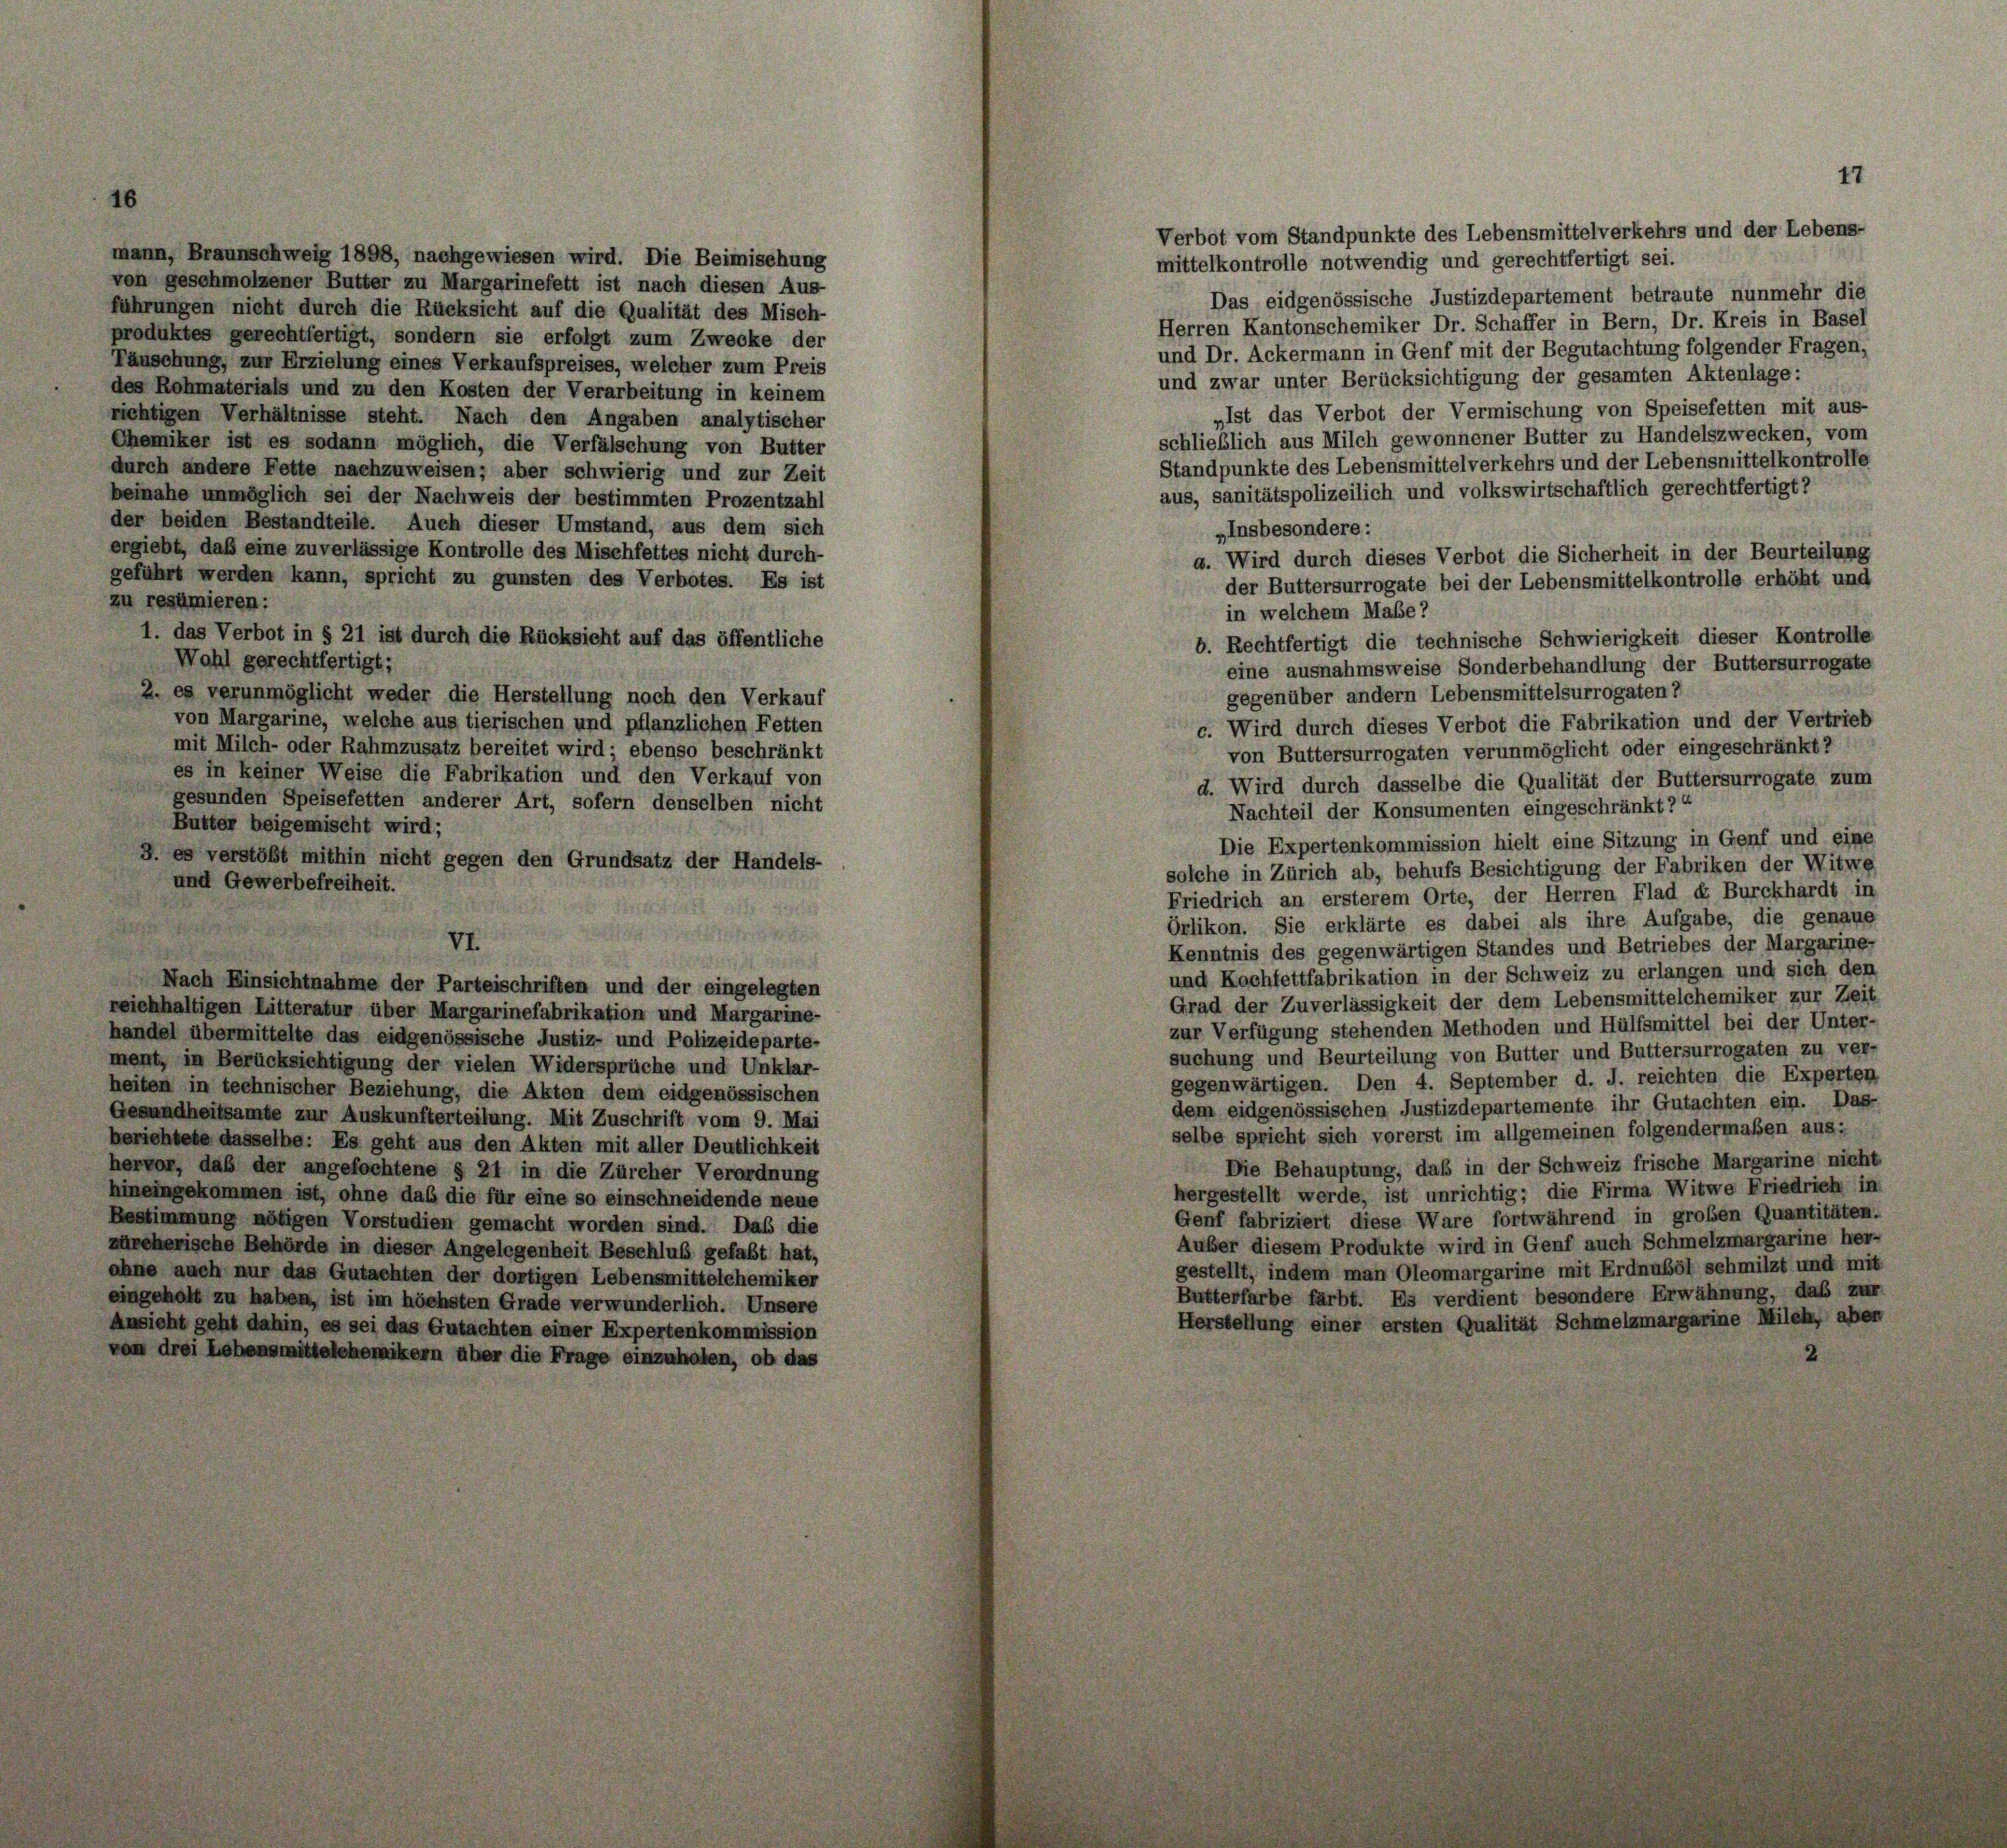
mann, Braunschweig 1898, nachgewiesen wird. Die Beimischung
von geschmolzener Butter zu Margarinefett ist nach diesen Aus-
führungen nicht durch die Rücksicht auf die Qualität des Misch-
produktes gerechtfertigt, sondern sie erfolgt zum Zwecke der
Täuschung, zur Erzielung eines Verkaufspreises, welcher zum Preis
des Rohmaterials und zu den Kosten der Verarbeitung in keinem
richtigen Verhältnisse steht. Nach den Angaben analytischer
Chemiker ist es sodann möglich, die Verfälschung von Butter
durch andere Fette nachzuweisen; aber schwierig und zur Zeit
beinahe unmöglich sei der Nachweis der bestimmten Prozentzahl
der beiden Bestandteile. Auch dieser Umstand, aus dem sich
ergiebt, daß eine zuverlässige Kontrolle des Mischfettes nicht durch-
geführt werden kann, spricht zu gunsten des Verbotes. Es ist
zu resümieren:
1. das Verbot in § 21 ist durch die Rücksicht auf das öffentliche
Wahl gerechtfertigt;
2. es verunmöglicht weder die Herstellung noch den Verkauf
von Margarine, welche aus tierischen und pflanzlichen Fetten
mit Milch- oder Rahmzusatz bereitet wird; ebenso beschränkt
es in keiner Weise die Fabrikation und den Verkauf von
gesunden Speisefetten anderer Art, sofern denselben nicht
Butter beigemischt wird;
8. es verstößt mithin nicht gegen den Grundsatz der Handels
und Gewerbefreiheit.

VI.
Nach Einsichtnahme der Parteischriften und der eingelegten
reichhaltigen Litteratur über Margarinefabrikation und Margarine-
handel übermittelte das eidgenössische Justiz- und Polizeideparte-
ment, in Berücksichtigung der vielen Widersprüche und Unklar-
heiten in technischer Beziehung, die Akten dem eidgenössischen
Gesundheitsamte zur Auskunfterteilung. Mit Zuschrift vom 9. Mai
berichtete dasselbe: Es geht aus den Akten mit aller Deutlichkeit
hervor, daß der angefochtene § 21 in die Zürcher Verordnung
hineingekommen ist, ohne daß die für eine so einschneidende neue
Bestimmung nötigen Vorstudien gemacht worden sind. Daß die
zürcherische Behörde in dieser Angelegenheit Beschluß gefaßt hat,
ahne auch nur das Gutachten der dortigen Lebensmittelchemiker
eingehalt zu haben, ist im höchsten Grade verwunderlich. Unsere
Ansicht geht dahin, es sei das Gutachten einer Expertenkommission
von drei Lebensmittelchemikern über die Frage einzuhalen, ob das

Verbot vom Standpunkte des Lebensmittelverkehrs und der Lebens-
mittelkontrolle notwendig und gerechtfertigt sei.
Das eidgenössische Justizdepartement betraute nunmehr die
Herren Kantonschemiker Dr. Schaffer in Bern, Dr. Kreis in Basel
und Dr. Ackermann in Genf mit der Begutachtung folgender Fragen,
und zwar unter Berücksichtigung der gesamten Aktenlage:
„Ist das Verbot der Vermischung von Speisefetten mit aus-
schließlich aus Milch gewonnener Butter zu Handelszwecken, vom
Standpunkte des Lebensmittelverkehrs und der Lebensmittelkontrolle
aus, sanitätspolizeilich und volkswirtschaftlich gerechtfertigt?
„Insbesondere:
a. Wird durch dieses Verbot die Sicherheit in der Beurteilung
der Buttersurrogate bei der Lebensmittelkontrolle erhöht und
in welchem Mabe?
b. Rechtfertigt die technische Schwierigkeit dieser Kontrolle
eine ausnahmsweise Sonderbehandlung der Buttersurrogate
gegenüber andern Lebensmittelsurrogaten 7
c. Wird durch dieses Verbot die Fabrikation und der Vertrieb
von Buttersurrogaten verunmöglicht oder eingeschränkt?
d. Wird durch dasselbe die Qualität der Buttersurrogate zum
Nachteil der Konsumenten eingeschränkt?“
Die Expertenkommission hielt eine Sitzung in Genf und eine
solche in Zürich ab, behufs Besichtigung der Fabriken der Witwe
Friedrich an ersterem Orte, der Herren Flad ex Burckhardt in
Orlikon. Sie erklärte es dabei als ihre Aufgabe, die genaue
Kenntnis des gegenwärtigen Standes und Betriebes der Margarine-
und Kochfettfabrikation in der Schweiz zu erlangen und sich den
Grad der Zuverlässigkeit der dem Lebensmittelchemiker zur Zeit
zur Verfügung stehenden Methoden und Hülfsmittel bei der Unter-
suchung und Beurteilung von Butter und Buttersurrogaten zu ver-
gegenwärtigen. Den 4. September d. J. reichten die Experten
dem eidgenössischen Justizdepartemente ihr Gutachten ein. Das-
selbe sprieht sich vorerst im allgemeinen folgendermaßen aus:
Die Behauptung, daß in der Schweiz frische Margarine nicht
hergestellt werde, ist unrichtig; die Firma Witwe Friedrich in
Genf fabriziert diese Ware fortwährend in großen Quantitäten.
Auber diesem Produkte wird in Genf auch Schmelzmargarine her-
gestellt, indem man Oleomargarine mit Erdnuböl schmilzt und mit
Butterfarbe färbt. Es verdient besondere Erwähnung, das zur
Herstellung einer ersten Qualität Schmelzmargarine Milch, aber
2

17